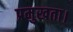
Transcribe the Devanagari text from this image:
प्रमुखता।